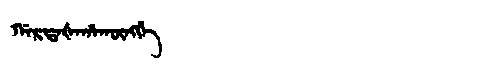
Manchu: ᡤᠠᡵᡨᠠᡧᠠᡥᠠᡴᡡᠩᡤᡝ
Romanization: GARTAŠAHAKŪNGGE